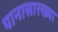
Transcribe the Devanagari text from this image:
पानासारख्या